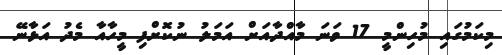
މިކަމުގައި މުހިންމީ 17 ވަނަ މާއްދާއަށް އަމަލު ނުކޮށްފި މީހާއާ މެދު އަޅާނޭ